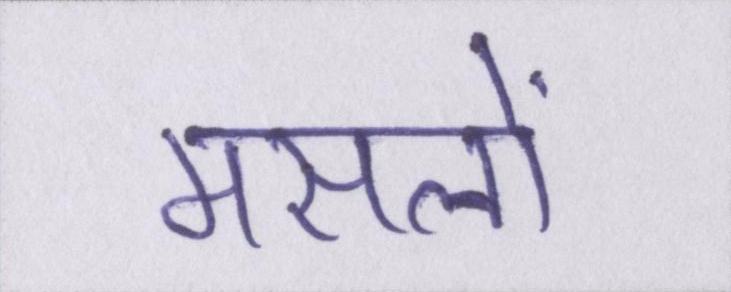
मसलों